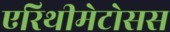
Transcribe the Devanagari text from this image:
एरिथीमेटोसस